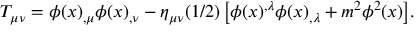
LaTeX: T _ { \mu \nu } = \phi ( x ) _ { , \mu } \phi ( x ) _ { , \nu } - \eta _ { \mu \nu } ( 1 / 2 ) \left[ \phi ( x ) ^ { , \lambda } \phi ( x ) _ { , \lambda } + m ^ { 2 } \phi ^ { 2 } ( x ) \right] \! .